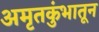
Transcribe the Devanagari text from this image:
अमृतकुंभातून